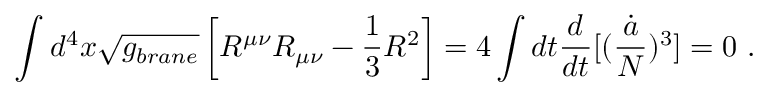
\int d ^ { 4 } x \sqrt { g _ { b r a n e } } \left[ R ^ { \mu \nu } R _ { \mu \nu } - { \frac { 1 } { 3 } } R ^ { 2 } \right] = 4 \int d t { \frac { d } { d t } } [ ( { \frac { \dot { a } } { N } } ) ^ { 3 } ] = 0 \ .